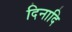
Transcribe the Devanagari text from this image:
दिनादि